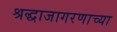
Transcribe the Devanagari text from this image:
श्रद्धाजागरणाच्या